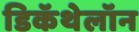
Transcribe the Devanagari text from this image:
डिकॅथेलॉन